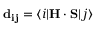
\mathbf { d _ { i j } } = \langle i | \mathbf { H } \cdot \mathbf { S } | j \rangle